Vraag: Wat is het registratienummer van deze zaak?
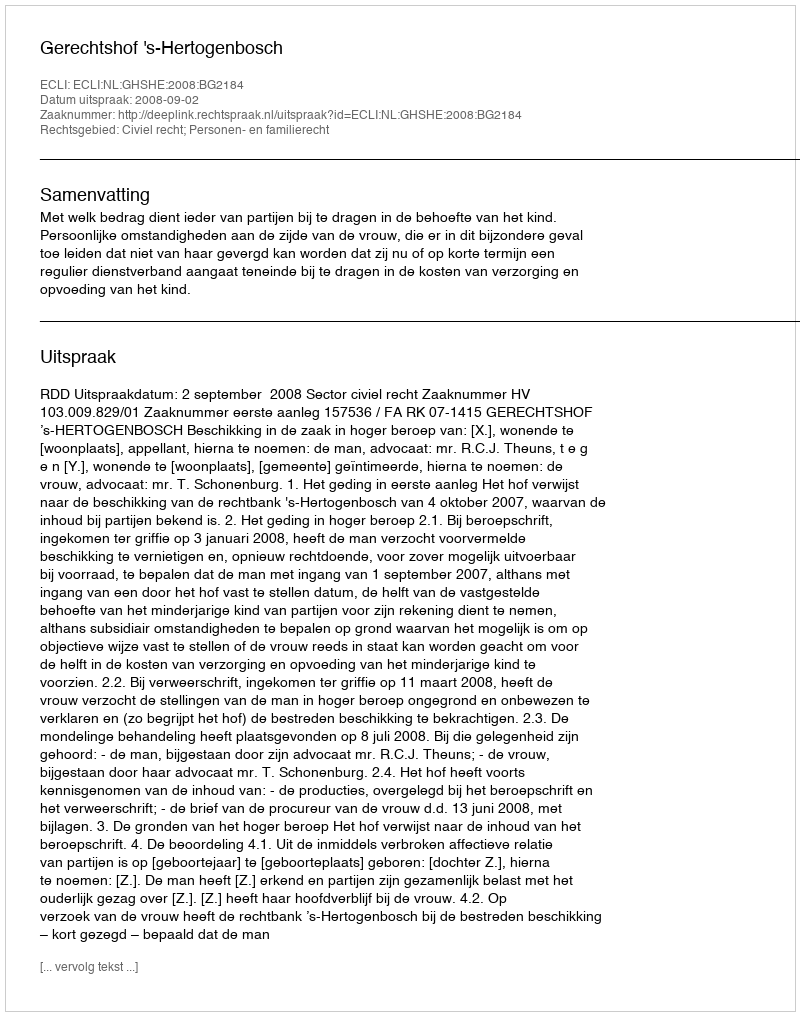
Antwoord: http://deeplink.rechtspraak.nl/uitspraak?id=ECLI:NL:GHSHE:2008:BG2184